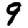
Digit: 9